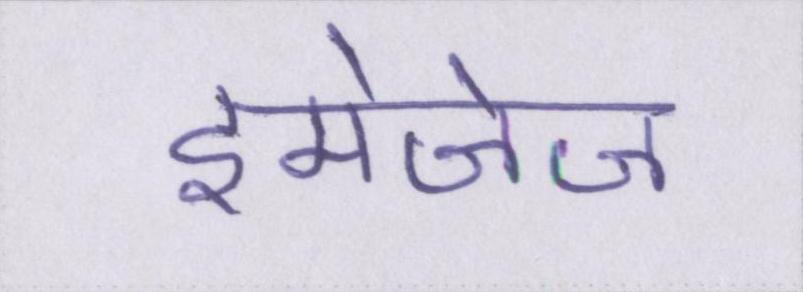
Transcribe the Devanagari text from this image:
इमेजेज